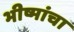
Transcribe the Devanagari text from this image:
भीष्मांचा